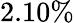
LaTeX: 2.10\%